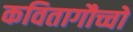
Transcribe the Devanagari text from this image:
कवितागौच्चो